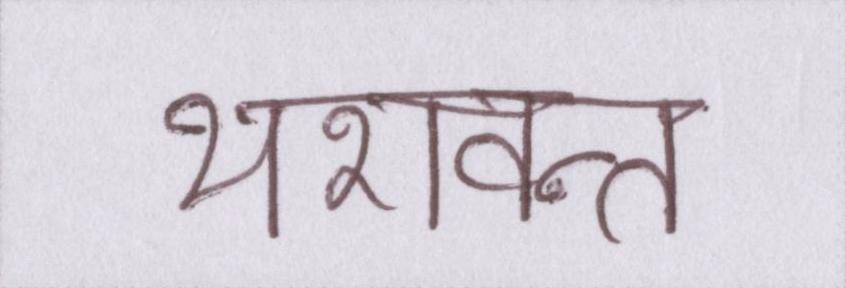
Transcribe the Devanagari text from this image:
यशवन्त